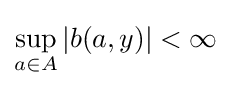
\sup _{a\in A}\left|b(a,y)\right|<\infty